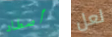
أصطاد لعل